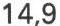
14,9